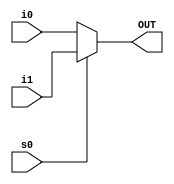
module MUX_2to1_beh(OUT,i0,i1,s0); 
input i0, i1, s0;
output OUT; 
reg OUT; 
always@(s0 or i0 or i1)
begin
if(s0) 
OUT = i1;  
else
OUT = i0;
end
endmodule